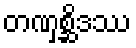
တဏှစ္ဆိဒဿ